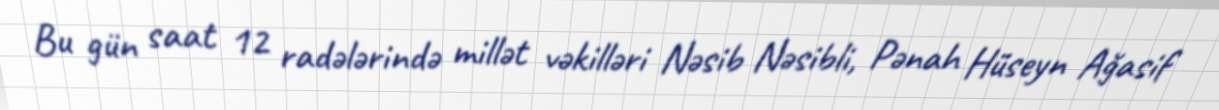
Bu gün saat 12 radələrində millət vəkilləri Nəsib Nəsibli, Pənah Hüseyn Ağasif